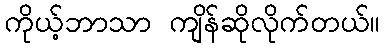
ကိုယ့်ဘာသာ ကျိန်ဆိုလိုက်တယ်။